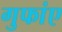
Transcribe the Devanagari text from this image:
गुफांए